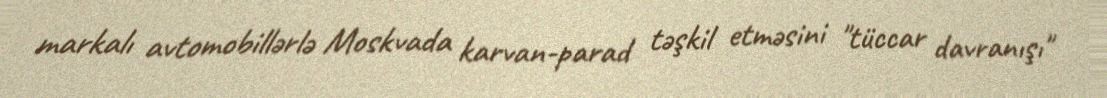
markalı avtomobillərlə Moskvada karvan-parad təşkil etməsini "tüccar davranışı"